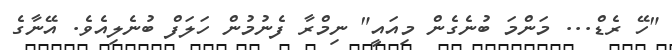
"ހޭ ރެޑް... މަންމަ ބުނެގެން މިއައީ" ނިމްރާ ފެނުމުން ހަލަފް ބުނެލިއެވެ. އޭނާގެ